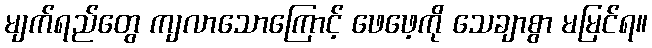
မျက်ရည်တွေ ကျလာသောကြောင့် ဖေဖေ့ကို သေချာစွာ မမြင်ရ။